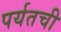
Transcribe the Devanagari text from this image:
पर्यतची